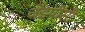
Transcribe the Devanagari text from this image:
जेडपीसी